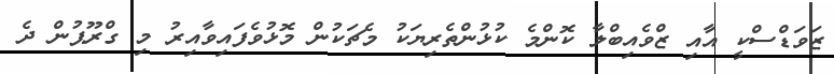
ޒަވަޑްސްކީ އާއި ޒްވެއިބްލާ ކޮންމެ ކުޅުންތެރިޔަކު މެޗަކުން މޮޅުވެފައިވާއިރު މި ގްރޫޕުން ދެ